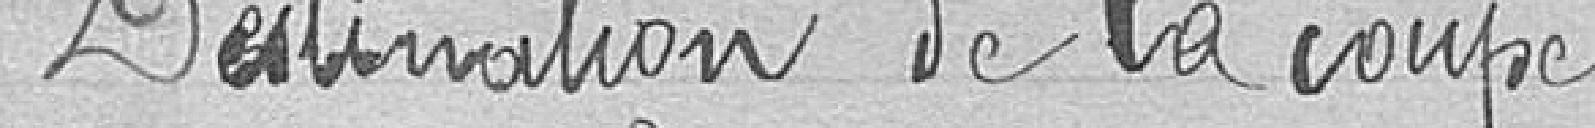
Destination de la coupe